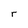
Character: r